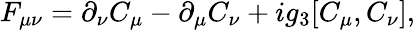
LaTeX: F_{\mu\nu}=\partial_{\nu}C_{\mu}-\partial_{\mu}C_{\nu}+ig_{3}[C_{\mu},C_{\nu}],